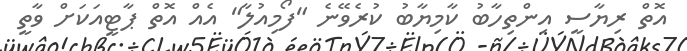
އޮތް ރިޔާސީ އިންތިހާބު ކާމިޔާބު ކުރެވޭނެ "ފޯމިއުލާ" އެއް އޮތް ޕާޓީއަކަށް ވާތީ